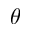
\theta